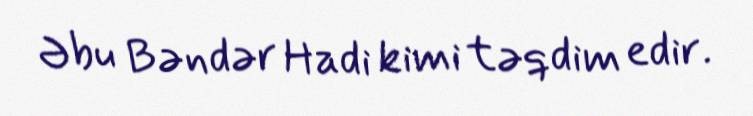
Əbu Bəndər Hadi kimi təqdim edir.